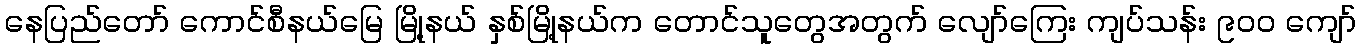
နေပြည်တော် ကောင်စီနယ်မြေ မြို့နယ် နှစ်မြို့နယ်က တောင်သူတွေအတွက် လျော်ကြေး ကျပ်သန်း ၉၀၀ ကျော်